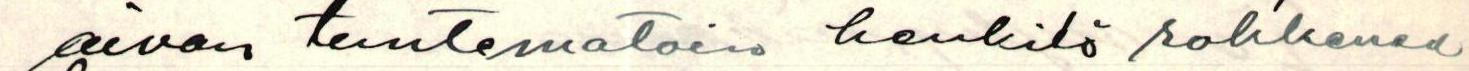
aivan tuntematoin henkilö rohkenee